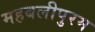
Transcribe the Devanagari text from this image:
महबलीपुरम